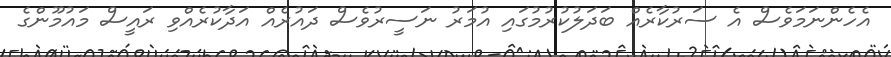
އެހެންނަމަވެސް އެ ސަރުކާރެއް ބަދަލުކުރުމުގައި އުމަރު ނަސީރުވެސް ދައުރެއް އަދާކުރެއްވި ރައީސް މައުމޫންގެ